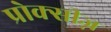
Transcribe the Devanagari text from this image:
प्रोक्सीज़